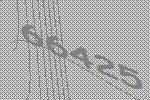
66425